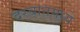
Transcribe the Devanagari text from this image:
दरबानमध्ये